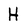
Character: H